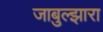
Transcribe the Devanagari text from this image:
जाबुल्झारा